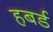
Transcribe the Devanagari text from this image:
हबर्ड